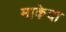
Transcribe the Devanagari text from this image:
माकेदा